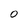
Character: O